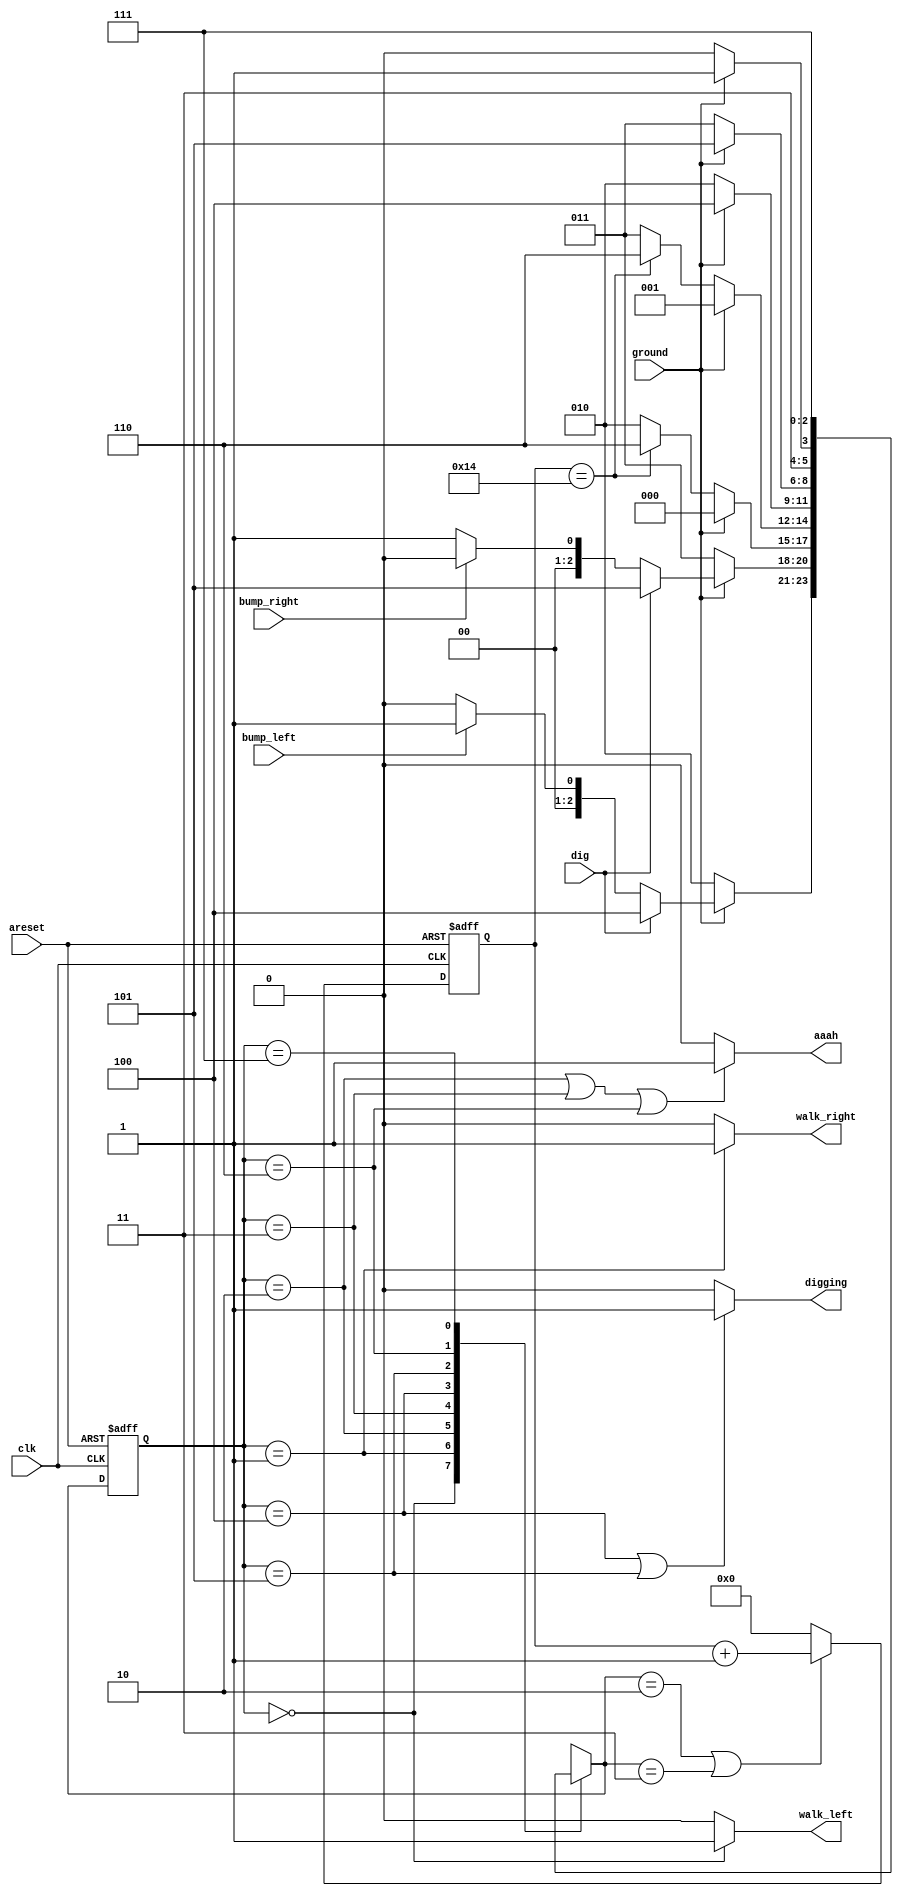
module top_module(
    input clk,
    input areset,    // Freshly brainwashed Lemmings walk left.
    input bump_left,
    input bump_right,
    input ground,
    input dig,
    output walk_left,
    output walk_right,
    output aaah,
    output digging ); 
    parameter LEFT=3'd0, RIGHT=3'd1, GROUND_LEFT=3'd2,  GROUND_RIGHT=3'd3, DIG_LEFT=3'd4, DIG_RIGHT=3'd5, SPLATTER = 3'd6, OOPS=3'd7;
    reg [2:0] state,next_state;
    reg [4:0]q;
    always@(posedge clk or posedge areset)
        begin
            if(areset) q<=5'd0;
            else if(next_state == GROUND_LEFT || next_state == GROUND_RIGHT) q<=q+5'd1;
            else q<=5'd0;
        end
    always@(posedge clk or posedge areset)
        begin
            if(areset) state<=LEFT;
            else state<=next_state;
        end
    always@(*)
        begin
            case(state)
                3'd0: begin next_state<=(!ground)?GROUND_LEFT:(dig?DIG_LEFT:(bump_left?RIGHT:LEFT));end
                3'd1: begin next_state<=(!ground)?GROUND_RIGHT:(dig?DIG_RIGHT:(bump_right?LEFT:RIGHT)); end
                3'd2:next_state<=ground?LEFT:((q == 5'd20)?SPLATTER:GROUND_LEFT);
                3'd3:next_state<=ground?RIGHT:((q == 5'd20)?SPLATTER:GROUND_RIGHT);
                3'd4:next_state<=(!ground)?GROUND_LEFT:DIG_LEFT;
                3'd5:next_state<=(!ground)?GROUND_RIGHT:DIG_RIGHT;
                3'd6:next_state<=ground?OOPS:SPLATTER;
                3'd7:next_state<=OOPS;
                default:next_state<=LEFT;
            endcase
        end
    assign walk_left = (state == LEFT)?1'b1:1'b0;
    assign walk_right = (state == RIGHT)?1'b1:1'b0;
    assign aaah = ((state == GROUND_LEFT) || (state == GROUND_RIGHT) || (state == SPLATTER))?1'b1:1'b0;
    assign digging = ((state == DIG_LEFT) || (state == DIG_RIGHT))?1'b1:1'b0;
endmodule